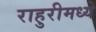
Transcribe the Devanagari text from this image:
राहुरीमध्ये